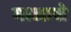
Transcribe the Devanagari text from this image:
माजासे